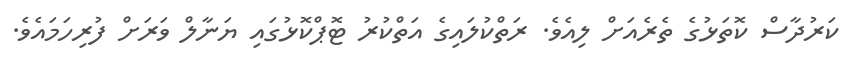
ކަރުދާސް ކޮތަޅުގެ ތެރެއަށް ލިއެވެ. ރަތްކުލައިގެ އަތްކުރު ޓޮޕްކޮޅުގައި ޔަނާލް ވަރަށް ފުރިހަމައެވެ.